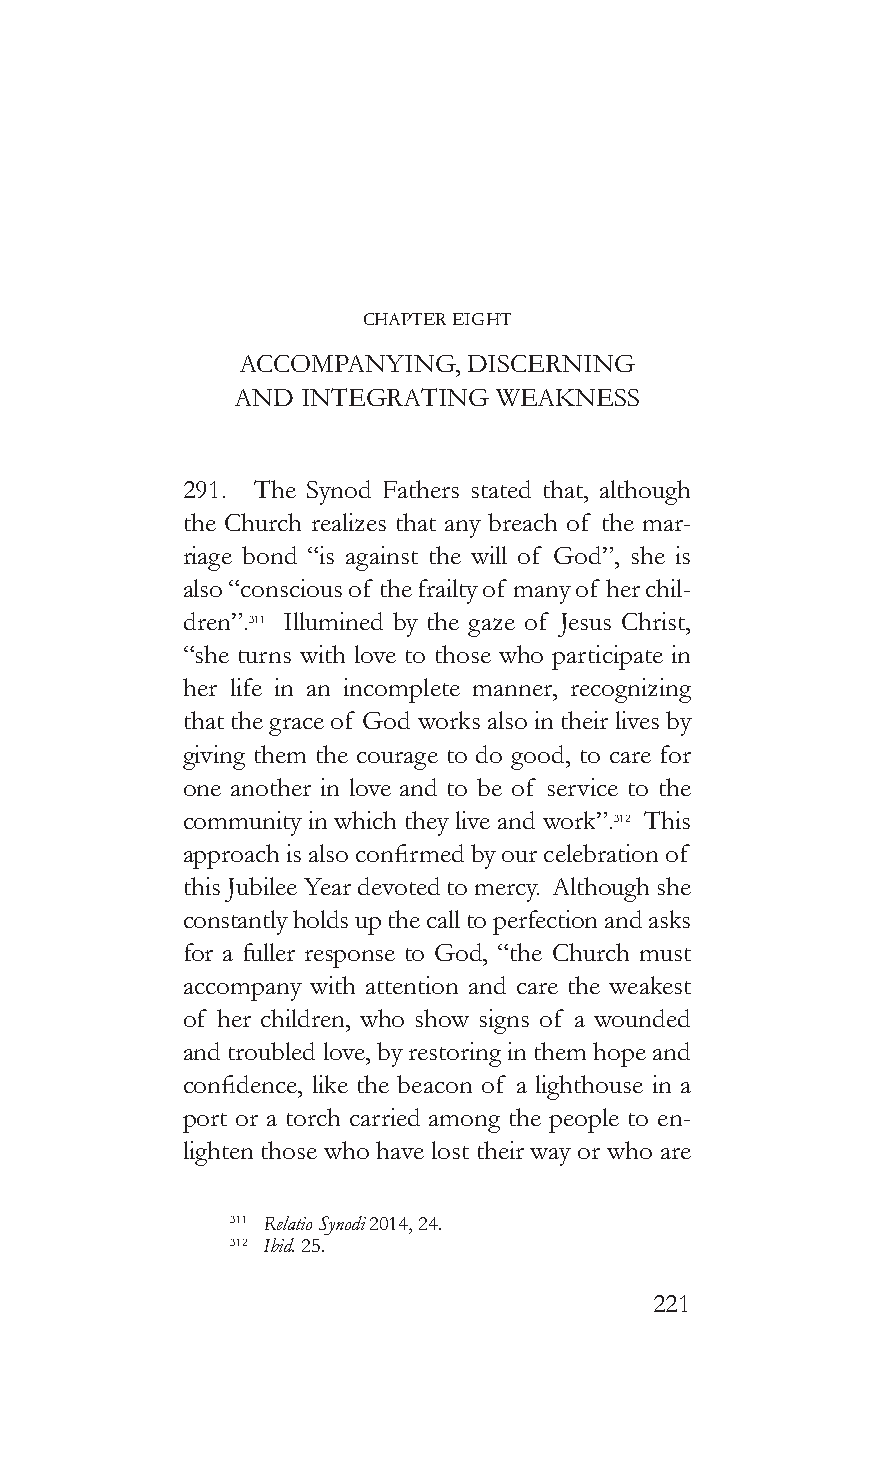
CHAPTER EIGHT
 accompanyinG,  discerninG
 and  inTeGraTinG  Weakness
 291. The Synod Fathers stated that, although
 the Church realizes that any breach of the mar-
 riage bond “is against the will of God”, she is
 also “conscious of the frailty of many of her chil-
 dren”.311 Illumined by the gaze of Jesus Christ,
 “she turns with love to those who participate in
 her life in an incomplete manner, recognizing
 that the grace of God works also in their lives by
 giving them the courage to do good, to care for
 one another in love and to be of service to the
 community in which they live and work”.312 This
 approach is also confirmed by our celebration of
 this Jubilee Year devoted to mercy. Although she
 constantly holds up the call to perfection and asks
 for a fuller response to God, “the Church must
 accompany with attention and care the weakest
 of her children, who show signs of a wounded
 and troubled love, by restoring in them hope and
 confidence, like the beacon of a lighthouse in a
 port or a torch carried among the people to en-
 lighten those who have lost their way or who are
 311 Relatio Synodi 2014, 24.
 312 Ibid. 25.
 221